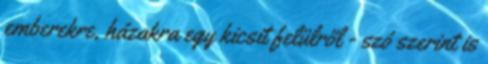
emberekre, házakra egy kicsit felülről - szó szerint is